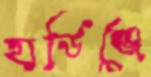
হার্ডিঞ্জে